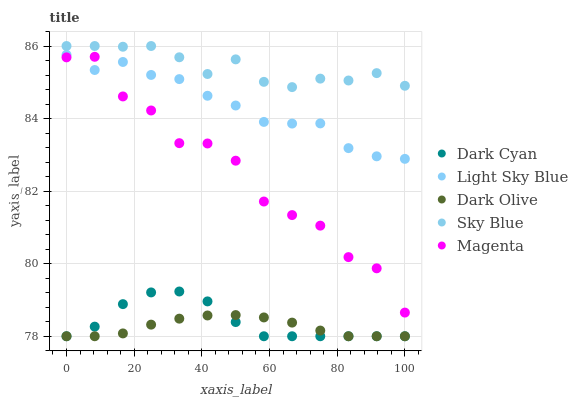
| xaxis_label | Dark Cyan | Light Sky Blue | Dark Olive | Sky Blue | Magenta |
 | --- | --- | --- | --- | --- | --- |
 | 0 | 78 | 85.8 | 78 | 86 | 85.7 |
 | 8.33 | 78.3 | 85.3 | 78 | 86 | 85.7 |
 | 16.7 | 78.9 | 85.6 | 78.1 | 86 | 84.6 |
 | 25 | 79.2 | 85.2 | 78.3 | 86 | 84.2 |
 | 33.3 | 79.2 | 85.1 | 78.5 | 85.7 | 83.3 |
 | 41.7 | 79 | 84.6 | 78.6 | 85.2 | 83.3 |
 | 50 | 78.4 | 84.4 | 78.6 | 85.6 | 82.8 |
 | 58.3 | 78 | 83.9 | 78.5 | 85 | 81.7 |
 | 66.7 | 78 | 83.9 | 78.4 | 84.9 | 81.3 |
 | 75 | 78 | 83.9 | 78.2 | 85.1 | 81 |
 | 83.3 | 78 | 83.2 | 78 | 85 | 80.2 |
 | 91.7 | 78 | 83 | 78 | 85.3 | 79.9 |
 | 100 | 78 | 82.9 | 78 | 84.9 | 78.7 |